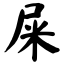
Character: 屎